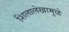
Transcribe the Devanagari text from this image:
शिलालेखामुळे